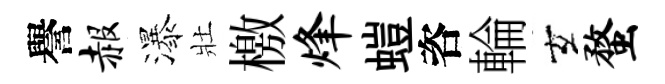
譽赧瀑壯檄烽螘咨輪玄蝥